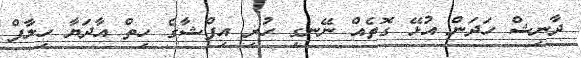
ދާނިޝް ހަދަން އުޅޭ ގޮތެއް ނޭނގި ހުރި އިފްޝާގެ ހިތް އާދަޔާ ހިލާފް